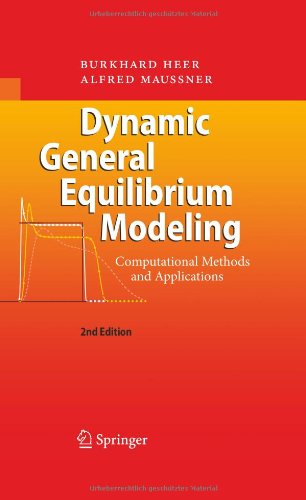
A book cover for Dynamic General Equilibrium Modeling: Computational Methods and Applications; Burkhard Heer; Computers & Technology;